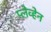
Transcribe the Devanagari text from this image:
प्लेव्हेन